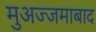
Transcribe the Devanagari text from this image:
मुअज्जमाबाद